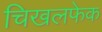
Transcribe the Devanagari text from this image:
चिखलफेक